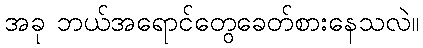
အခု ဘယ်အရောင်တွေခေတ်စားနေသလဲ။